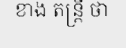
ខាង តន្ត្រី ថា